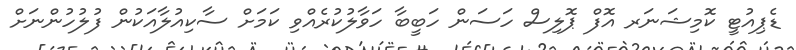
ޑެޕިއުޓީ ކޮމިޝަނަރ އޮފް ޕޮލިސް ހަސަން ހަބީބާ ހަވާލުކުރެއްވި ކަމަށް ސާކިއުލާއަކުން ފުލުހުންނަށް